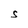
Character: S